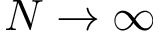
N \rightarrow \infty